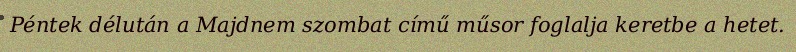
Péntek délután a Majdnem szombat című műsor foglalja keretbe a hetet.